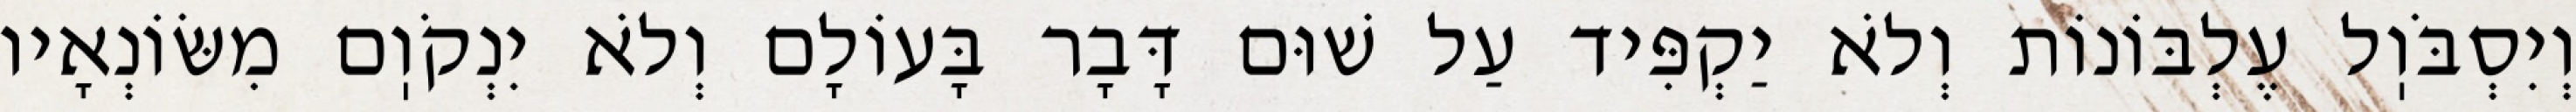
וְיִסְבֹּוֽל עֶלְבּוֹנוֹת וְלֹא יַקְפִּיד עַל שׁוּם דָּבָר בָּעוֹלָם וְלֹא יִנְקֹוֽם מִשּׂוֹנְאָיו